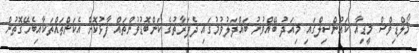
މޯލްޑިވްސް މީޑިއާ ކައުންސިލްގައި މިއަދު ބޭއްވުނު ބައްދަލުވުމުގައި ދެފަރާތުގެ ކަންބޮޑުވުންތައް ފާޅުކޮށް އެކަންތައްތަކާއިބެހޭގޮތުން